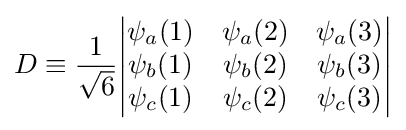
D\equiv {\frac {1}{\sqrt {6}}}{\begin{vmatrix}\psi _{a}(1)&\psi _{a}(2)&\psi _{a}(3)\\\psi _{b}(1)&\psi _{b}(2)&\psi _{b}(3)\\\psi _{c}(1)&\psi _{c}(2)&\psi _{c}(3)\end{vmatrix}}